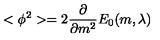
< \phi ^ { 2 } > = 2 \frac { \partial } { \partial m ^ { 2 } } E _ { 0 } ( m , \lambda )